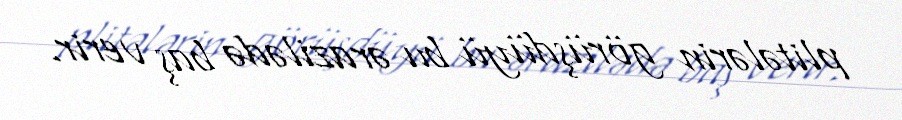
plitələrin görüşdüyü bu ərazilədə baş verir.